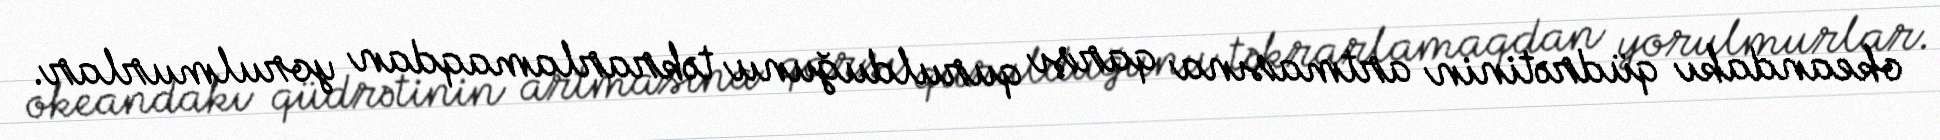
okeandakı qüdrətinin artmasına qarşı qurulduğunu təkrarlamaqdan yorulmurlar.